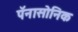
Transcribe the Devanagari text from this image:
पॅनासोनिक